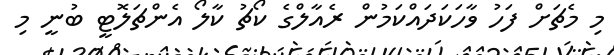
މި މެޗަށް ފަހު ވާހަކަދައްކަމުން ރެއާލްގެ ކޯޗު ކާލޯ އެންޗަލޮޓީ ބުނީ މި